Scientific memoirs by medical officers of the Army of India - Part XII,
Year: 1901
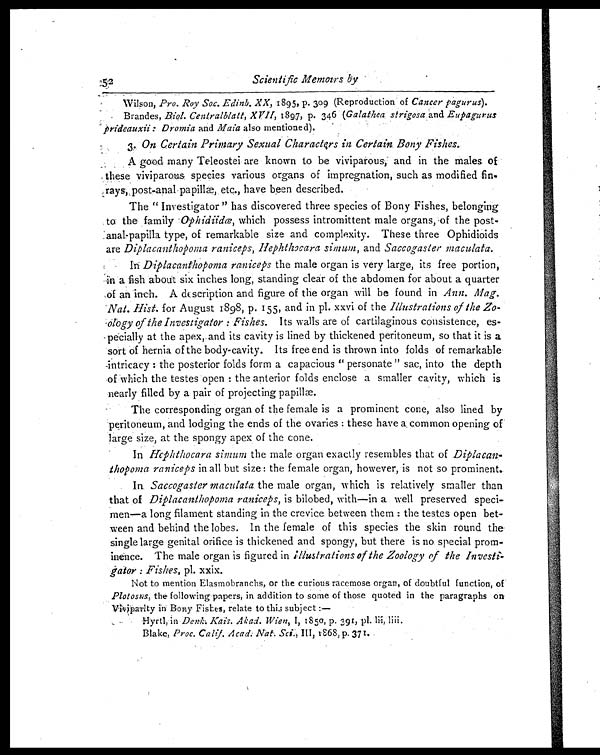
52 Scientific Memoirs by
Wilson, Pro. Roy Soc. Edinb. XX, 1895, p. 309 (Reproduction of Cancer pagurus).
Brandes, Biol. Centralblatt, XVII, 1897, p. 346 (Galathea strigosa and Eupagurus
prideauxii : Dromia and Maia also mentioned).
3. On Certain Primary Sexual Characters in Certain Bony Fishes.
A good many Teleostei are known to be viviparous, - and in the males of
these viviparous species various organs of impregnation, such as modified fin-
rays, post-anal papillæ, etc., have been described.
The " Investigator " has discovered three species of Bony Fishes, belonging
to the family Ophidiidœ, which possess intromittent male organs , of the post-
anal-papilla type, of remarkable size and complexity. These three Ophidioids
are Diplacanthopoma raniceps, Hephthocara simum, and Saccogaster maculata.
In Diplacanthopoma raniceps the male organ is very large, its free portion,
in a fish about six inches long, standing clear of the abdomen for about a quarter
of an inch. A description and figure of the organ will be found in Ann. Mag.
Nat. Hist. for August 1898, p. 155, and in pl. xxvi of the Illustrations of the
Zoology of the Investigator : Fishes. Its walls are of cartilaginous consistence, es-
pecially at the apex, and its cavity is lined by thickened peritoneum, so that it is a
sort of hernia of the body-cavity. Its free end is thrown into folds of remarkable
intricacy : the posterior folds form a capacious " personate" sac, into the depth
of which the testes open : the anterior folds enclose a smaller cavity, which is
nearly filled by a pair of projecting papillæ.
The corresponding organ of the female is a prominent cone, also lined by
peritoneum, and lodging the ends of the ovaries : these have a common opening of
large size, at the spongy apex of the cone.
In Hcphthocara simum the male organ exactly resembles that of
D i p l a c a n t h o p o m a r a n i c e p si
n a l l
b u t s i z e
t h e f e m a l e o r g a n , h o w e v e r , i s n o t s o p r o m i n e n t .
In Saccogaster maculate the male organ, which is relatively smaller than
that of Diplacanthopoma raniceps, is billobed, with—in a well preserved speci-
men—a long filament standing in the crevice between them : the testes open bet-
ween and behind the lobes. In the female of this species the skin round the
single large genital orifice is thickened and spongy, but there is no special prom-
inence. The male organ is figured illustrations of the Zoology of the
I n v e s t i - g a t o r : F i s h e s ,
p l .
x x i x .
Not to mention Elasmobranchs, or the curious racemose organ, of doubtful function, of
Plotosus, the following papers, in addition to some of those quoted in the paragraphs on
Viviparlty in Bony Fishes, relate to this subject:—
Hyrtl, in Denk. Kais. Akad. Wien, I, 1850, p. 391, pl.lii,liii.
Blake, Proc. Calif. Acad. Nat. Sci., III , 1868 , p. 371.